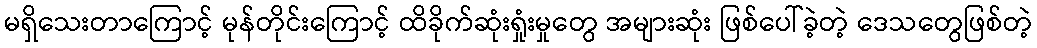
မရှိသေးတာကြောင့် မုန်တိုင်းကြောင့် ထိခိုက်ဆုံးရှုံးမှုတွေ အများဆုံး ဖြစ်ပေါ်ခဲ့တဲ့ ဒေသတွေဖြစ်တဲ့